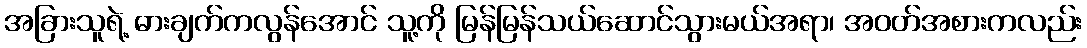
အခြားသူရဲ့ ဓားချက်ကလွန်အောင် သူ့ကို မြန်မြန်သယ်ဆောင်သွားမယ်အရာ၊ အဝတ်အစားကလည်း